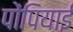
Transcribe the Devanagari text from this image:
पोंपियाईं